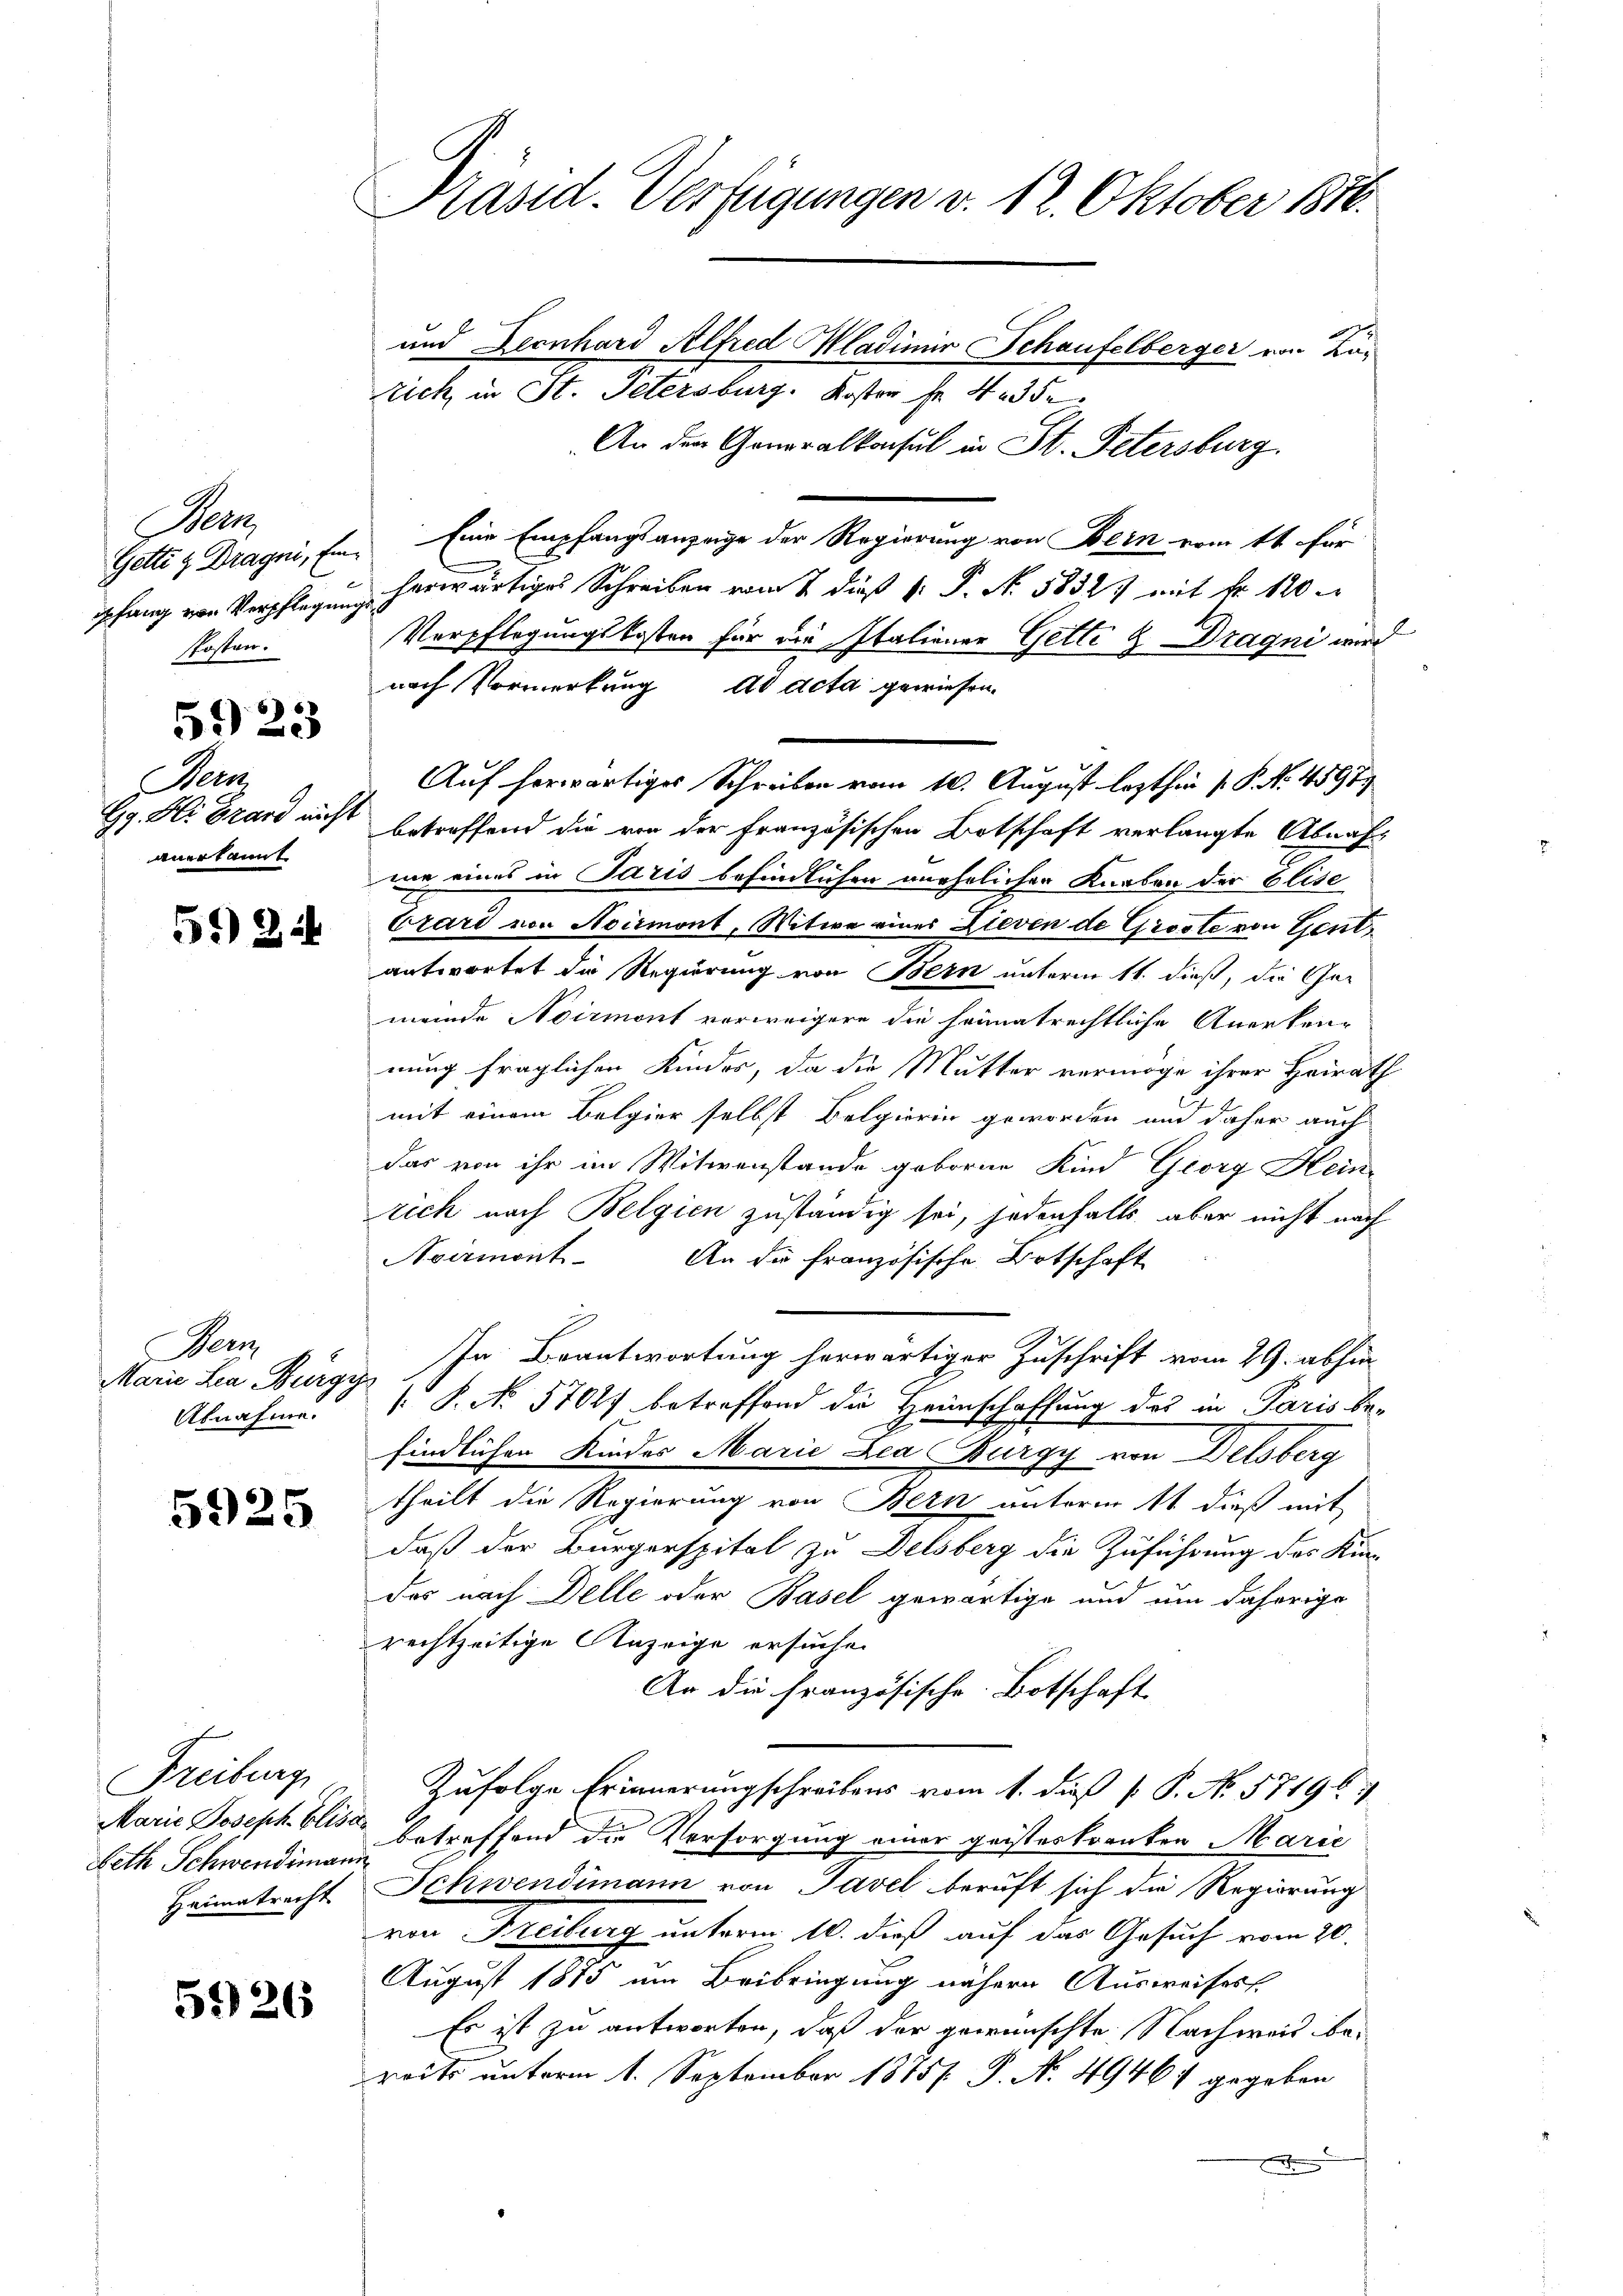
Man
Gette & Dragni, Einpfang von Verpflegung
skosten.

5923

Nein
Gg. H. Brand nicht
anerkannt

5*) 244

Dem
Marie Lea Bürgy
Abnahme.

5925

Freiburg,
Marie Joseph Blisie
Reth Schwendimann
Heimatrecht

5926

Präsid. Verfügungen v. 12. Oktober 1846.
und Leonhard Alfred Mladimir Schaufelberger von Ka¬

rich in St. Petersburg. Koster fr. 423 de
An der Generalkonsul in St. Petersburg.
Eine Empfangsanzeige der Regierung von Bein vom 1t für
herwärtiges Schreiben vom 2. dieß P. P. No. 58327 mit Nr. 120
Verpflegungskosten für die Italiener Getti & Dragni wird
nach Vormerkung ad acta gewiesen.
Auf herwärtiges Schreiben vom 10. August lezthin P. P. No. 4597
betreffend die von der Französischen Botschaft verlangte Abnahme eines in Paris befindlichen unehrlichen Knaben der Elise
Ezard von Aoirmont, Witwe eines Lieven de Gieste von Gent,
antwortet die Regierung von Bern unterm 11. dieß, die Gemeinde Noirmont vorweigere die heimatrechtliche Anerken-
nung fraglichen Kindes, da die Mutter vermöge ihrer Heirath
mit einem Belgier selbst Belgierin geworden und daher auch
das von ihr im Witwenstände geboren Kind Georg Hein
rich nach Belgien zuständig sei, jedenfalls aber nicht nach
Noermont
An die französische Botschaft
In Beantwortung herwärtiger Zuschrift vom 29. abhin
 P. No 57027 betreffend die Heimschaffung des in Paris be-
findlichen Kindes Marie Lea Burgy von Delsberg
theilt die Regierung von Bern unterm 1t dieß mit
daß der Burgerspital zu Delsberg die Zuführung des Kindas nach Delle oder Basel gewärtige und um daherige
rechtzeitige Anzeige ersuchen
An die französische Botschaft
Zufolge Erinnerungschreibens vom 1. dieß P. P. No. 57196
betreffend die Versorgung einer geisteskranken Marie
Schwendimann von Tavel beruft sich die Regierung
von Freiburg unterm 10. dieß auf das Gesuch vom 20.
August 1875 um Beibringung nähern Ausweises,
Es ist zu antworten, daß der gewünschte Nachweis bereits unterm 1. September 1875 P. N. 49461 gegeben